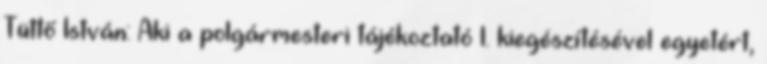
Tüttő István: Aki a polgármesteri tájékoztató 1. kiegészítésével egyetért,